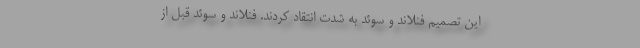
این تصمیم فنلاند و سوئد به شدت انتقاد کردند. فنلاند و سوئد قبل از